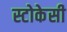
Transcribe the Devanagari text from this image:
स्टोकेसी